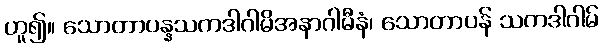
ဟူ၍။ သောတာပန္နသကဒါဂါမိအနာဂါမီနံ၊ သောတာပန် သကဒါဂါမ်